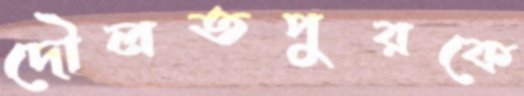
দৌলতপুরকে